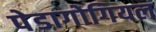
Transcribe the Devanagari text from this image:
पेडागोगियल